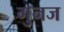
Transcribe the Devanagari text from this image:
गुनज